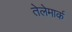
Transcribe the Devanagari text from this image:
तेलेमार्क